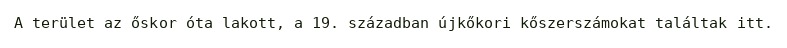
A terület az őskor óta lakott, a 19. században újkőkori kőszerszámokat találtak itt.